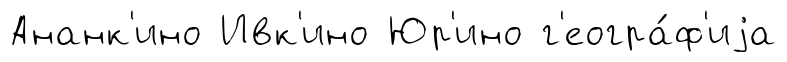
Ананк'ино Ивк'ино Юр'ино г'еогра́ф'иjа